Punjab Mental Hospital Lahore 1932-46 - 1932-1946
Year: 1932
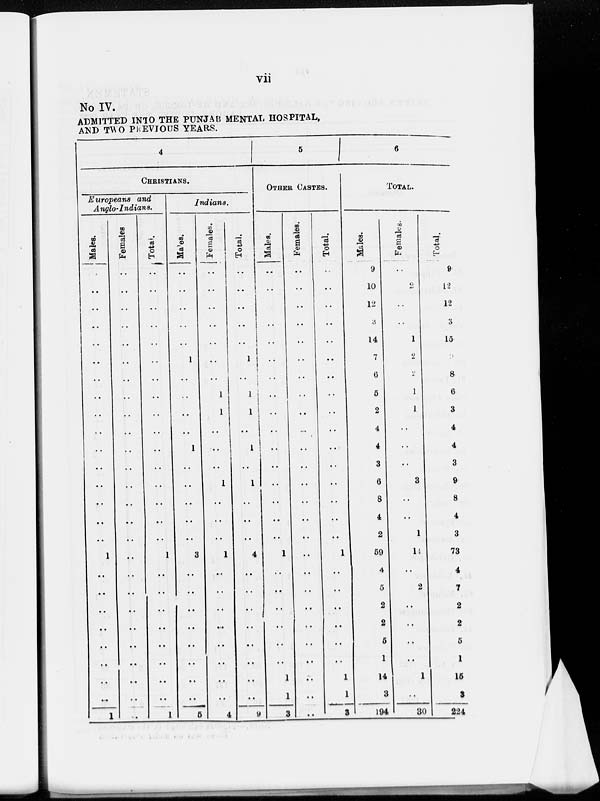
vii
No IV.
ADMITTED INTO THE PUNJAB MENTAL HOSPITAL ,
AND TWO PREVIOUS YEARS.
4
CHRISTIANS.
Europeans and
Anglo-Indians.
Males.
. .
. .
. .
. .
. .
. .
. .
. .
. .
. .
. .
. .
. .
. .
. .
. .
1
..
. .
. .
. .
. .
. .
. .
. .
1
Females.
. .
. .
. .
. .
. .
. .
. .
. .
. .
. .
. .
. .
. .
. .
. .
. .
. .
. .
. .
. .
. .
. .
. .
. .
. .
. .
Total.
. .
. .
. .
. .
. .
. .
. .
. .
. .
. .
. .
. .
. .
. .
. .
. .
1
. .
. .
. .
. .
. .
. .
. .
. .
1
Indians.
Males.
. .
. .
. .
. .
. .
1
. .
. .
. .
. .
1
. .
. .
. .
. .
. .
3
. .
. .
. .
. .
. .
. .
. .
. .
5
Females.
. .
. .
. .
. .
. .
. .
. .
1
1
. .
. .
. .
1
. .
. .
. .
1
. .
. .
. .
. .
. .
. .
. .
. .
4
Total.
. .
. .
. .
. .
. .
1
. .
1
1
. .
1
. .
1
. .
. .
. .
4
. .
. .
. .
. .
. .
. .
. .
. .
9
5
OTHER CASTES.
Males.
. .
. .
. .
. .
. .
. .
. .
. .
. .
. .
. .
. .
. .
. .
. .
. .
1
. .
. .
. .
. .
. .
. .
1
1
3
Females.
. .
. .
. .
. .
. .
. .
. .
. .
. .
. .
. .
. .
. .
. .
. .
. .
. .
. .
. .
. .
. .
. .
. .
. .
. .
. .
Total.
. .
. .
. .
. .
. .
. .
. .
. .
. .
. .
. .
. .
. .
. .
. .
. .
1
. .
. .
. .
. .
. .
. .
1
1
3
6
TOTAL.
Males.
9
10
12
3
14
7
6
5
2
4
4
3
6
8
4
2
59
4
5
2
2
5
1
14
3
194
Females.
. .
2
. .
. .
1
2
2
1
1
. .
. .
. .
3
. .
. .
1
14
. .
2
. .
. .
. .
. .
1
. .
30
Total.
9
12
12
3
15
3
8
6
3
4
4
3
9
8
4
3
73
4
7
2
2
5
1
15
3
224